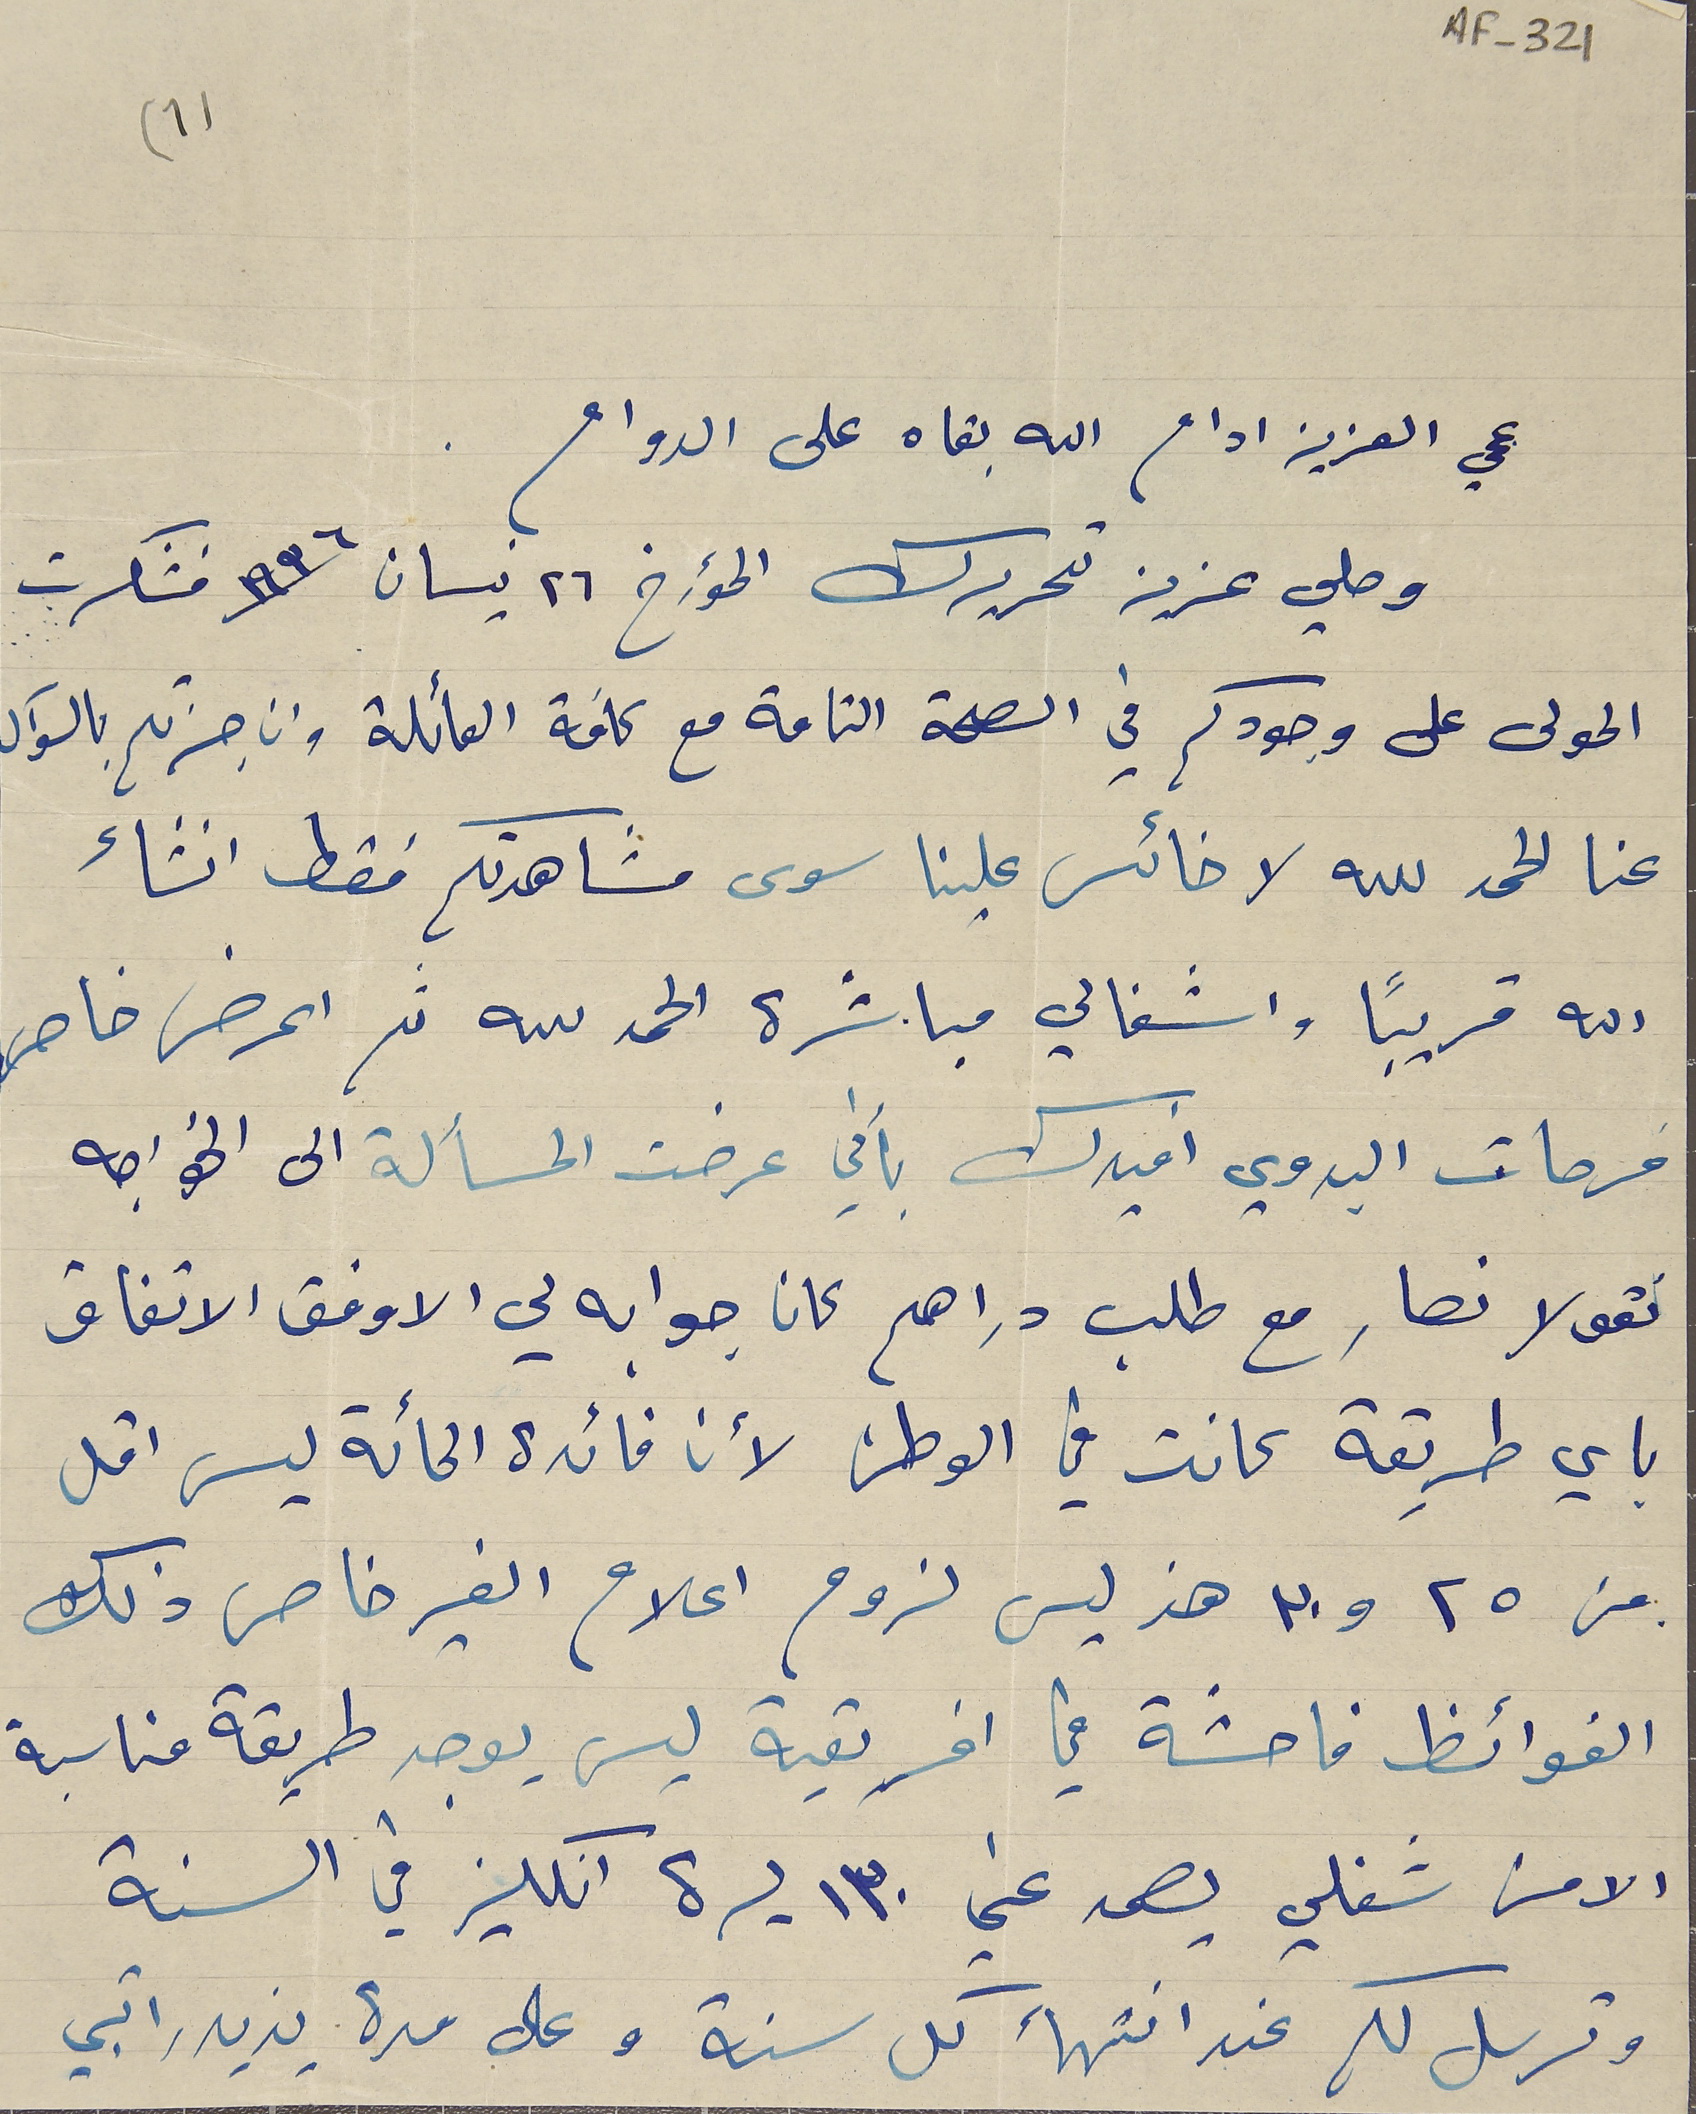
AF-321
عمي العزيز ادام الله بقاه على الدوام.
وصلي عزيز تحريرك المؤرخ ٢٦ نيسان سنة ١٩٣٦ فشكرت
المولى على وجودكم في الصحة التامة مع كافة العائلة وان جزتم بالسوآل
عنا الحمد لله لا خائس علينا سوى مشاهدتكم فقط انشاء
الله قريبًا واشغالي مباشرة الحمدلله ثم اعرض خاص
فرحات البدوي افيدك بأني عرضت المسألة الى الخواجه
نقولا نصار مع طلب دراهم كان جوابه لي الاوفق الاتفاق
باي طريقة كانت في الوطن لأن فائدة المائة ليس اقل
من ٢٥ و٣٠ هذ ليس لزوم اعلام الغير خاص ذلك
الفوائظ فاحشة في افريقية ليس يوجد طريقة مناسبة
الا من شغلي يصمد عني ١٣٠ ليره انكليز في السنة
(1)
وترسل لكم عند انتهاء كل سنة وعلى مدة يزيد راتبي